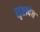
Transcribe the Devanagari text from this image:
सृष्टादेव